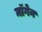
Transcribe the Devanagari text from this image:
मॉगेन